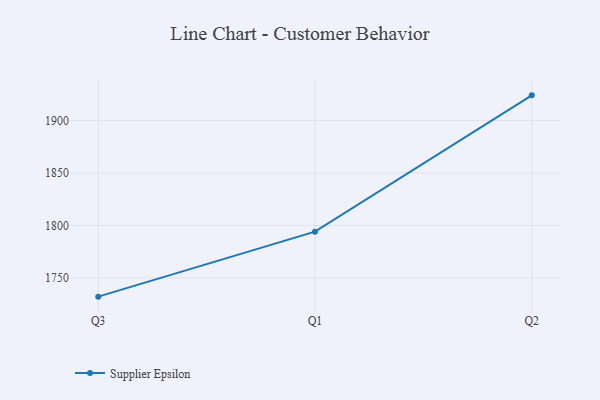
{"axis": {"x": "Quarter", "y": "Website Visitors"}, "legend": ["Supplier Epsilon"], "data": [{"x": "Q3", "y": 1732.2, "type": "Supplier Epsilon"}, {"x": "Q1", "y": 1794.1, "type": "Supplier Epsilon"}, {"x": "Q2", "y": 1923.9, "type": "Supplier Epsilon"}]}